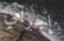
إجرامي